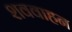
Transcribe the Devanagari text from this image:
शववाहन